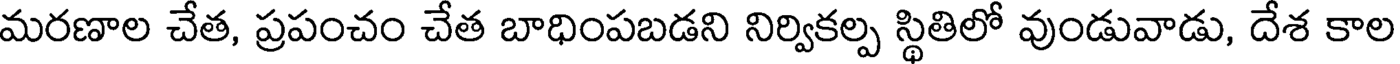
మరణాల చేత, ప్రపంచం చేత బాధింపబడని నిర్వికల్ప స్థితిలో వుండువాడు, దేశ కాల